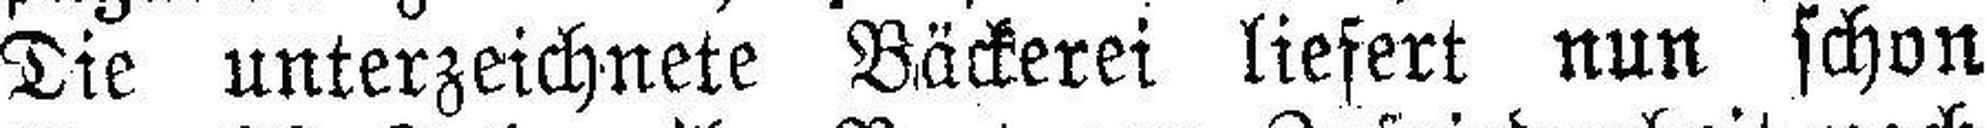
Die unterzeichnete Bäckerei liefert nun schon